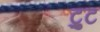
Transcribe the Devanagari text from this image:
ट्रुट